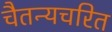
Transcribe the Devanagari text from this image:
चैतन्यचरित